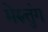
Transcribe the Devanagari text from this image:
मेरुत्तुंग